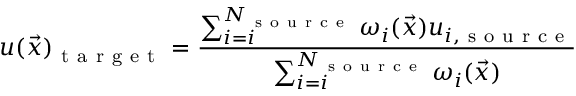
u ( \vec { x } ) _ { \mathrm { ~ t ~ a ~ r ~ g ~ e ~ t ~ } } = \frac { \sum _ { i = i } ^ { N _ { \mathrm { ~ s ~ o ~ u ~ r ~ c ~ e ~ } } } \omega _ { i } ( \vec { x } ) u _ { i , \mathrm { ~ s ~ o ~ u ~ r ~ c ~ e ~ } } } { \sum _ { i = i } ^ { N _ { \mathrm { ~ s ~ o ~ u ~ r ~ c ~ e ~ } } } \omega _ { i } ( \vec { x } ) }